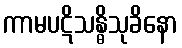
ကာမပဋိသန္ဓိသုခိနော